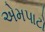
એમપાટો